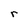
Character: r